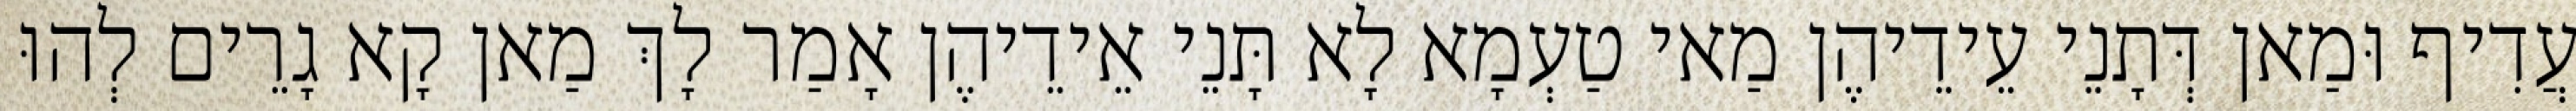
עֲדִיף וּמַאן דְּתָנֵי עֵידֵיהֶן מַאי טַעְמָא לָא תָּנֵי אֵידֵיהֶן אָמַר לָךְ מַאן קָא גָרֵים לְהוּ